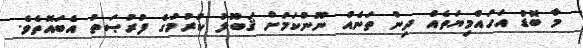
މާ ބޮޑު އަހައްމިޔަތެއް ދިން ތަނެއް ނޫންކަމަށް ޤަބޫލު ކުރުމުގެ ފުރުޞަތު އެބައޮތެވެ.